Report of the Indian Hemp Drugs Commission, 1894-1895 - Volume V
Year: 1894
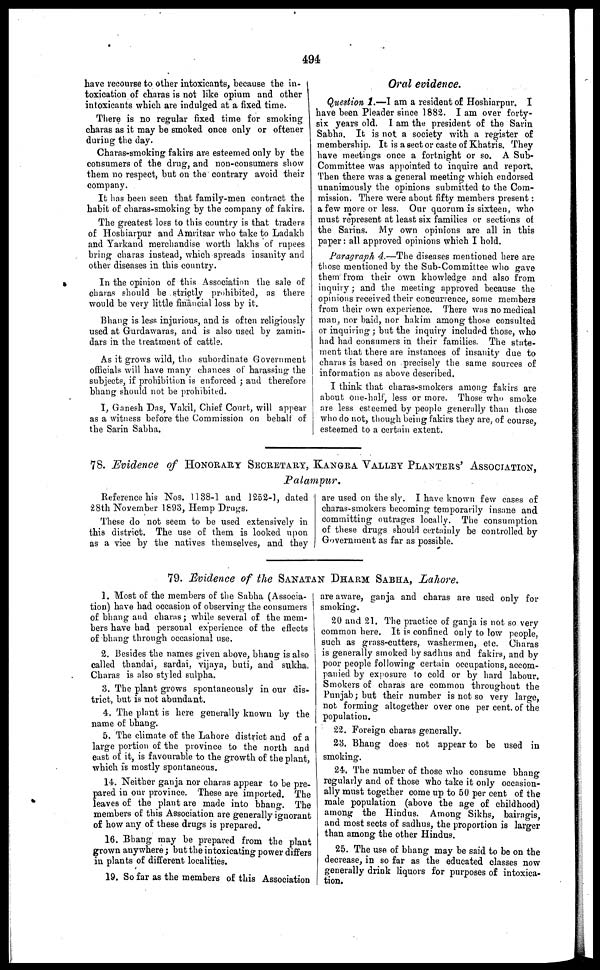
494
have recourse to other intoxicants, because the in-
toxication of charas is not like opium and other
intoxicants which are indulged at a fixed time.
There is no regular fixed time for smoking
charas as it may be smoked once only or oftener
during the day.
Charas-smoking fakirs are esteemed only by the
consumers of the drug, and non-consumers show
them no respect, but on the contrary avoid their
company.
It has been seen that family-men contract the
habit of charas-smoking by the company of fakirs.
The greatest loss to this country is that traders
of Hoshiarpur and Amritsar who take to Ladakh
and Yarkand merchandise worth lakhs of rupees
bring charas instead, which spreads insanity and
other diseases in this country.
In the opinion of this Association the sale of
charas should be strictly prohibited, as there
would be very little financial loss by it.
Bhang is less injurious, and is often religiously
used at Gurdawaras, and is also used by zamin-
dars in the treatment of cattle.
As it grows wild, the subordinate Government
officials will have many chances of harassing the
subjects, if prohibition is enforced ; and therefore
bhang should not be prohibited.
I, Ganesh Das, Vakil, Chief Court, will appear
as a witness before the Commission on behalf of
the Sarin Sabha.
Oral evidence.
Question 1.—I am a resident of Hoshiarpur. I
have been Pleader since 1882. I am over forty-
six years old. I am the president of the Sarin
Sabha. It is not a society with a register of
membership. It is a sect or caste of Khatris. They
have meetings once a fortnight or so. A Sub-
Committee was appointed to inquire and report.
Then there was a general meeting which endorsed
unanimously the opinions submitted to the Com-
mission. There were about fifty members present:
a few more or less. Our quorum is sixteen, who
must represent at least six families or sections of
the Sarins. My own opinions are all in this
paper: all approved opinions which I hold.
Paragraph 4.—The diseases mentioned here are
those mentioned by the Sub-Committee who gave
them from their own knowledge and also from
inquiry; and the meeting approved because the
opinions received their concurrence, some members
from their own experience. There was no medical
man, nor baid, nor hakim among those consulted
or inquiring ; but the inquiry included those, who
had had consumers in their families. The state-
ment that there are instances of insanity due to
charas is based on precisely the same sources of
information as above described.
I think that charas-smokers among fakirs are
about one-half, less or more. Those who smoke
are less esteemed by people generally than those
who do not, though being fakirs they are, of course,
esteemed to a certain extent.
78. Evidence of HONORARY SECRETARY, KANGRA VALLEY PLANTERS' ASSOCIATION ,
Palampur.
Reference his Nos. 1138-1 and 1252-1, dated
28th November 1893, Hemp Drugs.
These do not seem to be used extensively in
this district. The use of them is looked upon
as a vice by the natives themselves, and they
are used on the sly. I have known few cases of
charas-smokers becoming temporarily insane and
committing outrages locally. The consumption
of these drugs should certainly be controlled by
Government as far as possible.
79. Evidence of the SANATAN DHARM SABHA, Lahore.
1. Most of the members of the Sabha (Associa-
tion) have had occasion of observing the consumers
of bhang and chains; while several of the mem-
bers have had personal experience of the effects
of bhang through occasional use.
2. Besides the names given above, bhang is also
called thandai, sardai, vijaya, buti, and sukha.
Charas is also styled sulpha.
3. The plant grows spontaneously in our dis-
trict, but is not abundant.
4. The plant is here generally known by the
name of bhang.
5. The climate of the Lahore district and of a
large portion of the province to the north and
east of it, is favourable to the growth of the plant,
which is mostly spontaneous.
14. Neither ganja nor charas appear to be pre-
pared in our province. These are imported. The
leaves of the plant are made into bhang. The
members of this Association are generally ignorant
of how any of these drugs is prepared.
16. Bhang may be prepared from the plant
grown anywhere; but the intoxicating power differs
in plants of different localities.
19. So far as the members of this Association
are aware, ganja and charas are used only for
smoking.
20 and 21. The practice of ganja is not so very
common here. It is confined only to low people,
such as grass-cutters, washermen, etc. Charas
is generally smoked by sadhus and fakirs, and by
poor people following certain occupations, accom-
panied by exposure to cold or by hard labour.
Smokers of charas are common throughout the
Punjab; but their number is not so very large,
not forming altogether over one per cent. of the
population.
22. Foreign charas generally.
23. Bhang does not appear to be used in
smoking.
24. The number of those who consume bhang
regularly and of those who take it only occasion-
ally must together come up to 50 per cent of the
male population (above the age of childhood)
among the Hindus. Among Sikhs, bairagis,
and most sects of sadhus, the proportion is larger
than among the other Hindus.
25. The use of bhang may be said to be on the
decrease, in so far as the educated classes now
generally drink liquors for purposes of intoxica-
tion.